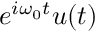
e ^ { i \omega _ { 0 } t } u ( t )